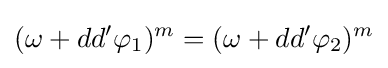
(\omega +dd'\varphi _{1})^{m}=(\omega +dd'\varphi _{2})^{m}